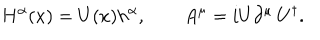
H ^ { \alpha } ( x ) = U ( x ) h ^ { \alpha } , \qquad A ^ { \mu } = i U \partial ^ { \mu } \, U ^ { \dagger } .